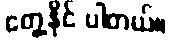
တွေ့နိုင် ပါတယ်။